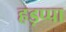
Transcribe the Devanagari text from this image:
हड़प्‍पा